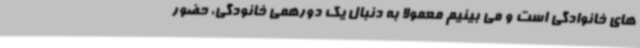
های خانوادگی است و می بینیم معمولا به دنبال یک دورهمی خانودگی، حضور